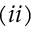
( i i )